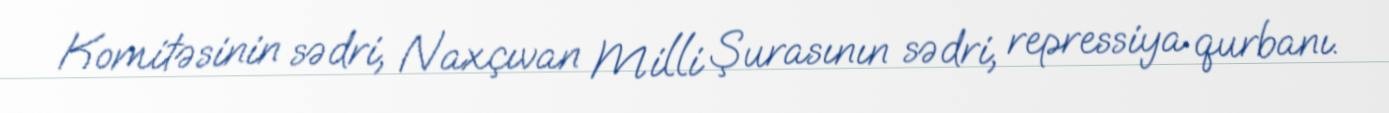
Komitəsinin sədri, Naxçıvan Milli Şurasının sədri, repressiya qurbanı.